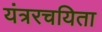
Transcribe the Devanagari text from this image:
यंत्ररचयिता